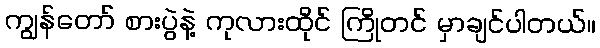
ကျွန်တော် စားပွဲနဲ့ ကုလားထိုင် ကြိုတင် မှာချင်ပါတယ်။